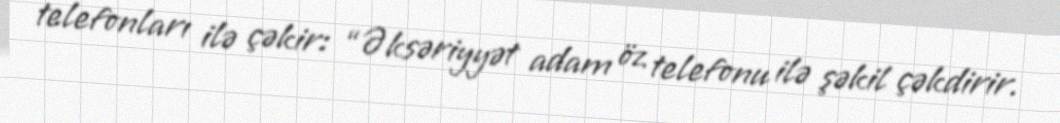
telefonları ilə çəkir: “Əksəriyyət adam öz telefonu ilə şəkil çəkdirir.